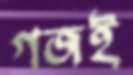
গজই